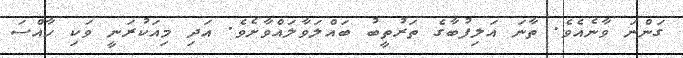
ގަންނަ ވާނެއެވެ. ތާނަ އަލިފުބާގެ ތަރުތީބު ބައްލަވާލައްވާށެވެ. އަދި މިއަކުރަނީ ވަކި ހާއްސަ